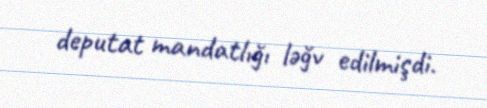
deputat mandatlığı ləğv edilmişdi.